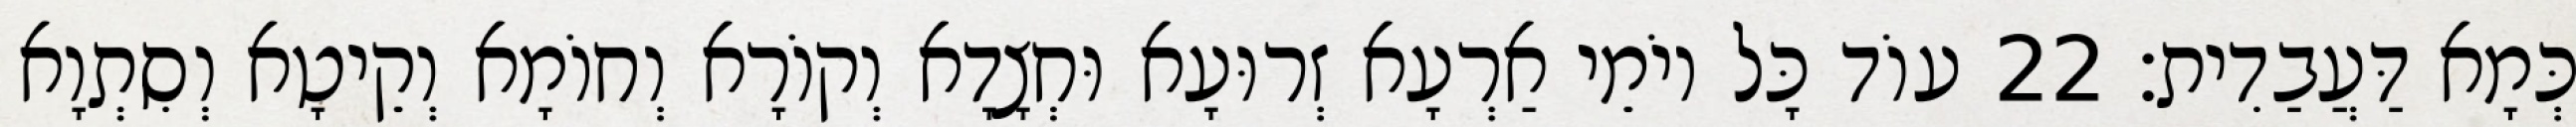
כְּמָא דַּעֲבַדִית׃ 22 עוֹד כָּל יוֹמֵי אַרְעָא זְרוּעָא וּחְצָדָא וְקוֹרָא וְחוֹמָא וְקֵיטָא וְסִתְוָא